Rangoon Lunatic Asylum 1878-1892 - 1878-1892
Year: 1878
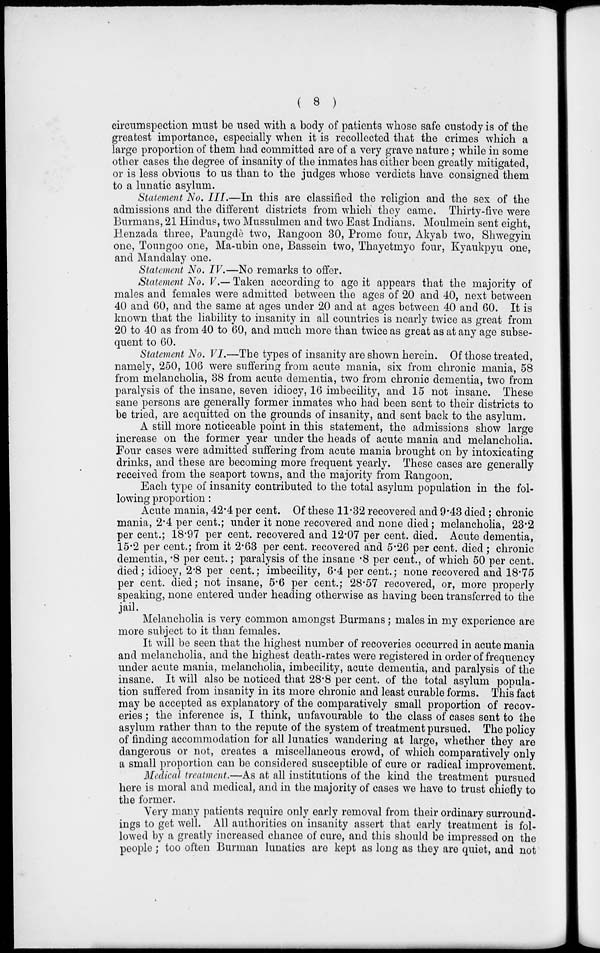
( 8 )
circumspection must be used with a body of patients whose safe custody is of the
greatest importance, especially when it is recollected that the crimes which a
large proportion of them had committed are of a very grave nature; while in some
other cases the degree of insanity of the inmates has either been greatly mitigated,
or is less obvious to us than to the judges whose verdicts have consigned them
to a lunatic asylum.
Statement No. III.—In this are classified the religion and the sex of the
admissions and the different districts from which they came. Thirty-five were
Burmans, 21 Hindus, two Mussulmen and two East Indians. Moulmein sent eight,
Henzada three, Paungdè two, Rangoon 30, Prome four, Akyab two, Shwegyin
one, Toungoo one, Ma-ubin one, Bassein two, Thayetmyo four, Kyaukpyu one,
and Mandalay one.
Statement No. IV.—No remarks to offer.
Statement No. V.— Taken according to age it appears that the majority of
males and females were admitted between the ages of 20 and 40, next between
40 and 60, and the same at ages under 20 and at ages between 40 and 60. It is
known that the liability to insanity in all countries is nearly twice as great from
20 to 40 as from 40 to 60, and much more than twice as great as at any age subse-
quent to 60.
Statement No. VI.—The types of insanity are shown herein. Of those treated,
namely, 250, 106 were suffering from acute mania, six from chronic mania, 58
from melancholia, 38 from acute dementia, two from chronic dementia, two from
paralysis of the insane, seven idiocy, 16 imbecility, and 15 not insane. These
sane persons are generally former inmates who had been sent to their districts to
be tried, are acquitted on the grounds of insanity, and sent back to the asylum.
A still more noticeable point in this statement, the admissions show large
increase on the former year under the heads of acute mania and melancholia.
Four cases were admitted suffering from acute mania brought on by intoxicating
drinks, and these are becoming more frequent yearly. These cases are generally
received from the seaport towns, and the majority from Rangoon.
Each type of insanity contributed to the total asylum population in the fol-
lowing proportion:
Acute mania, 42.4 per cent. Of these 11.32 recovered and 9.43 died; chronic
mania, 2.4 per cent.; under it none recovered and none died; melancholia, 23.2
per cent.; 18.97 per cent. recovered and 12.07 per cent. died. Acute dementia,
15.2 per cent.; from it 2.63 per cent. recovered and 5.26 per cent. died ; chronic
dementia, .8 per cent.; paralysis of the insane .8 per cent., of which 50 per cent.
died; idiocy, 2.8 per cent.; imbecility, 6.4 per cent.; none recovered and 18.75
per cent. died; not insane, 5.6 per cent.; 28.57 recovered, or, more properly
speaking, none entered under heading otherwise as having been transferred to the
jail.
Melancholia is very common amongst Burmans; males in my experience are
more subject to it than females.
It will be seen that the highest number of recoveries occurred in acute mania
and melancholia, and the highest death-rates were registered in order of frequency
under acute mania, melancholia, imbecility, acute dementia, and paralysis of the
insane. It will also be noticed that 28.8 per cent. of the total asylum popula-
tion suffered from insanity in its more chronic and least curable forms. This fact
may be accepted as explanatory of the comparatively small proportion of recov-
eries ; the inference is, I think, unfavourable to the class of cases sent to the
asylum rather than to the repute of the system of treatment pursued. The policy
of finding accommodation for all lunatics wandering at large, whether they are
dangerous or not, creates a miscellaneous crowd, of which comparatively only
a small proportion can be considered susceptible of cure or radical improvement.
Medical treatment.—As at all institutions of the kind the treatment pursued
here is moral and medical, and in the majority of cases we have to trust chiefly to
the former.
Very many patients require only early removal from their ordinary surround-
ings to get well. All authorities on insanity assert that early treatment is fol-
lowed by a greatly increased chance of cure, and this should be impressed on the
people ; too often Burman lunatics are kept as long as they are quiet, and not